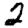
Digit: 2